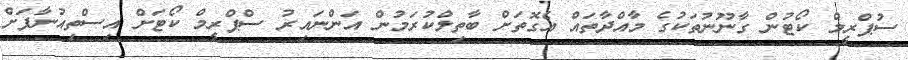
ސުޕްރީމް ކޯޓުން ގާނޫނުތަކުގެ މާއްދާތައް އެގޮތަށް ބާތިލްކުރަމުން އަންނައިރު ސްޕްރީމް ކޯޓަށް އިސްތިއުނާފަށް